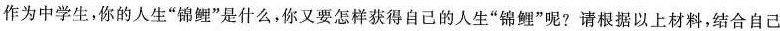
作为中学生，你的人生”锦鲤”是什么，你又要怎样获得自己的人生”锦鲤”呢?请根据以上材料，结合自己的